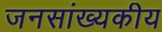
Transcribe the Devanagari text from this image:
जनसांख्यकीय